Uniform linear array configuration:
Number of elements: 32
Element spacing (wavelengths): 0.25
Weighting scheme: binomial
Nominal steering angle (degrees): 60
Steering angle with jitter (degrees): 58.745
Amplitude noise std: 0.05
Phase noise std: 0.05

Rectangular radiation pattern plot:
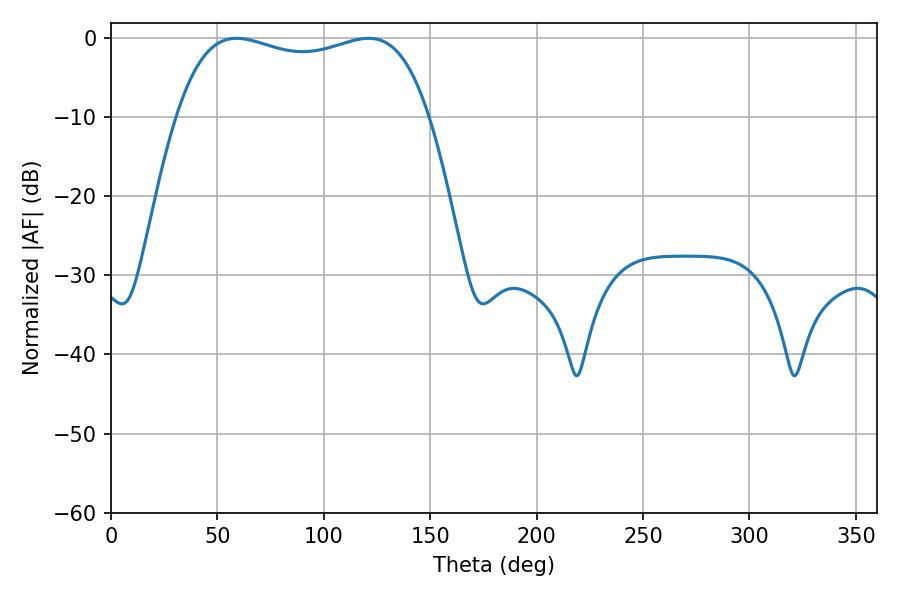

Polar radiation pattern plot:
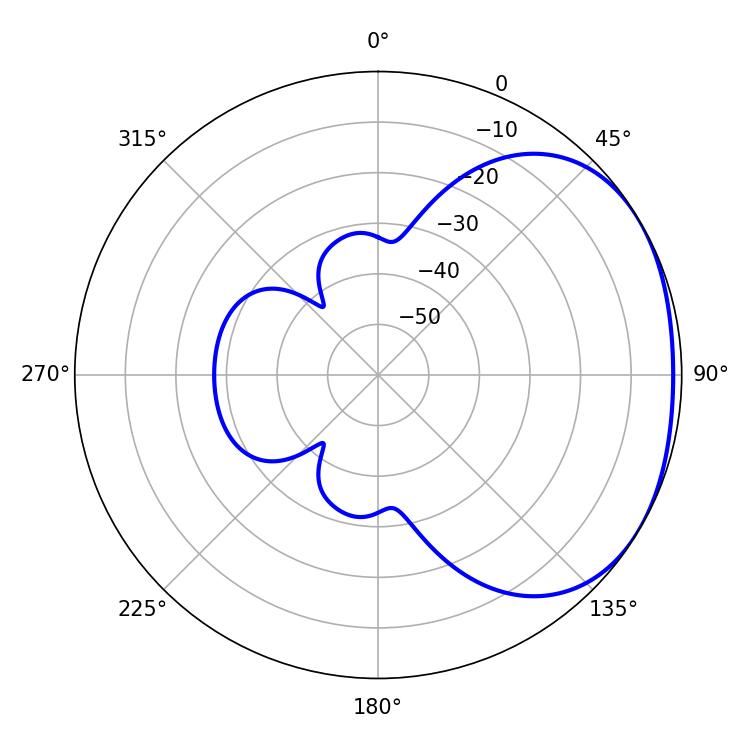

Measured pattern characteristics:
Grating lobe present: FALSE
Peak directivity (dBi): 1.878
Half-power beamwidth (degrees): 96.48
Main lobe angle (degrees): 59.04